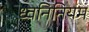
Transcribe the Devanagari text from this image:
ध्वनिनियम